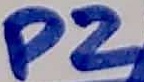
Text: P2